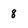
Character: 8